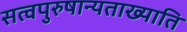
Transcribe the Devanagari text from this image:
सत्वपुरुषान्यताख्याति